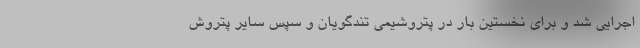
اجرایی شد و برای نخستین بار در پتروشیمی تندگویان و سپس سایر پتروش